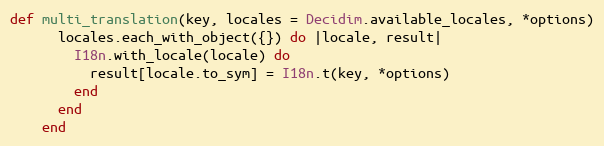
Language: Ruby
def multi_translation(key, locales = Decidim.available_locales, *options)
      locales.each_with_object({}) do |locale, result|
        I18n.with_locale(locale) do
          result[locale.to_sym] = I18n.t(key, *options)
        end
      end
    end